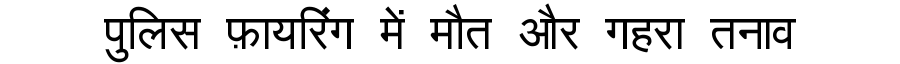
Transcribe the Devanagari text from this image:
पुलिस फ़ायरिंग में मौत और गहरा तनाव